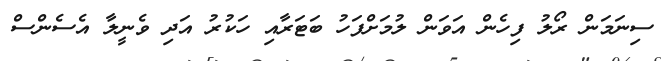
ސިނަމަން ރޯލު ފިހެން އަވަން ލުމަށްފަހު ބަޓަރާއި ހަކުރު އަދި ވެނީލާ އެސެންސް